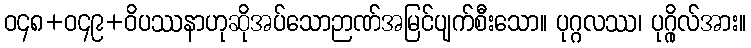
ဝ၄၈+ဝ၄၉+ဝိပဿနာဟုဆိုအပ်သောဉာဏ်အမြင်ပျက်စီးသော။ ပုဂ္ဂလဿ၊ ပုဂ္ဂိုလ်အား။